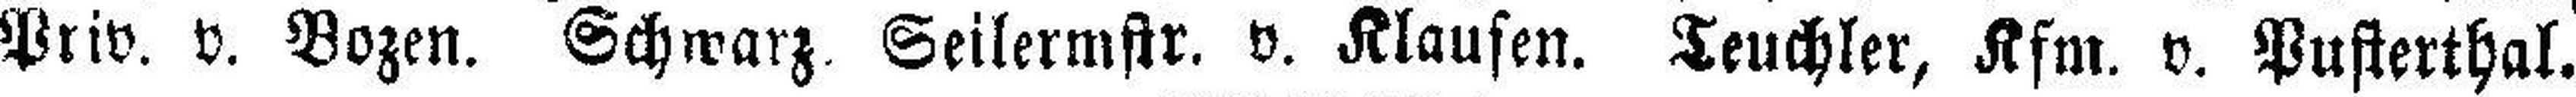
Priv. v. Bozen. Schwarz. Seilermstr. v. Klausen. Teuchler, Kfm. v. Pusterthal.